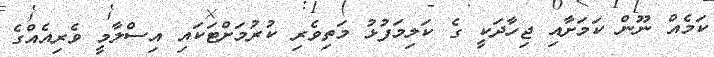
ކަމެއް ނޫން ކަމަށާއިި ޖިހާދަކީ ގެ ކަލިމަފުޅު މަތިވެރި ކުރުމަށްޓަކައި އިސްލާމީ ވެރިއެއްގެ